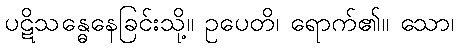
ပဋိသန္ဓေနေခြင်းသို့။ ဥပေတိ၊ ရောက်၏။ သော၊